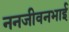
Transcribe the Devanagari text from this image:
ननजीवनभाई